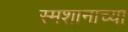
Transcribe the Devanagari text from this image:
स्मशानाच्या